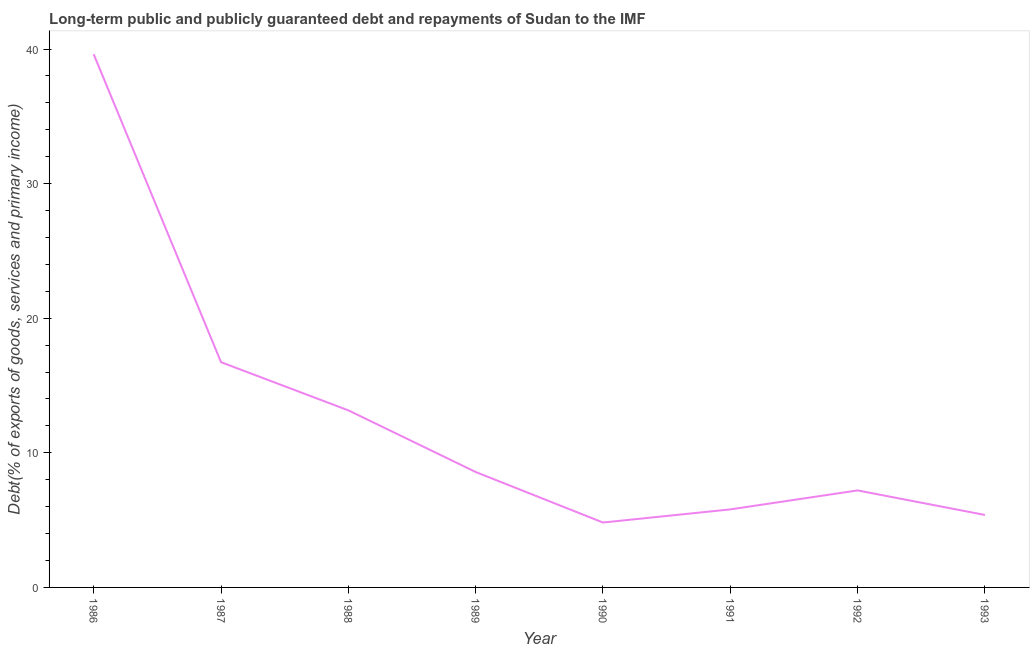
| Year | Debt service (PPG and IMF only) |
 | --- | --- |
 | 1986 | 39.6 |
 | 1987 | 16.7 |
 | 1988 | 13.2 |
 | 1989 | 8.58 |
 | 1990 | 4.82 |
 | 1991 | 5.8 |
 | 1992 | 7.21 |
 | 1993 | 5.38 |